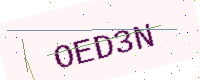
Text: OED3N